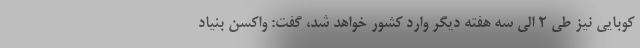
کوبایی نیز طی 2 الی سه هفته دیگر وارد کشور خواهد شد، گفت: واکسن بنیاد